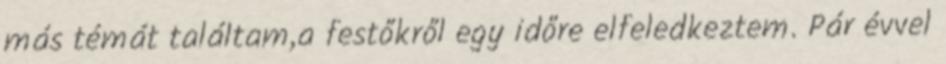
más témát találtam,a festőkről egy időre elfeledkeztem. Pár évvel